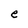
Character: e